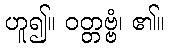
ဟူ၍။ ဝတ္တဗ္ဗံ၊ ၏။